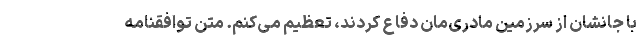
با جانشان از سرزمین مادری‌مان دفاع کردند، تعظیم می‌کنم. متن توافقنامه